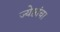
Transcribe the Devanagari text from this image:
ज्येष्ठांचा